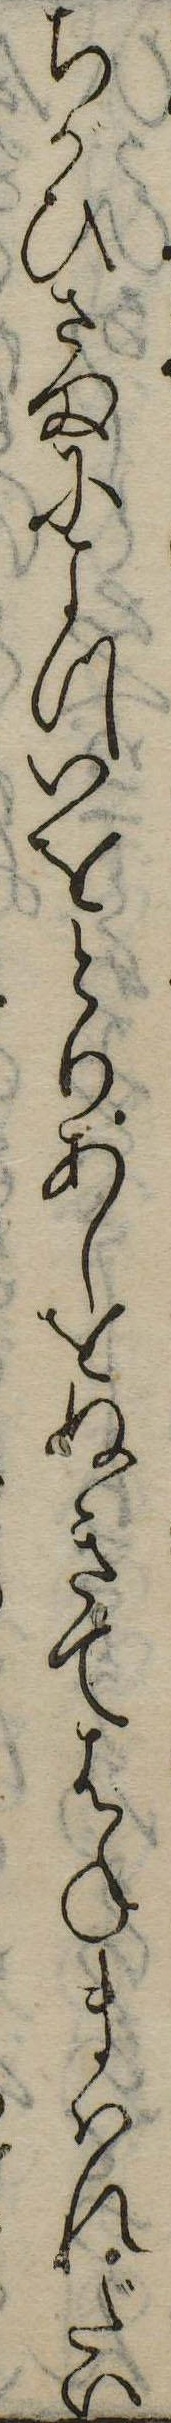
ちがひさまによついをとりあしをぬきてはねまはれだい